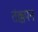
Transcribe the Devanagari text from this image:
तंक्कपन